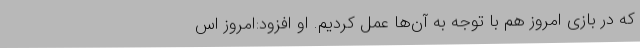
که در بازی امروز هم با توجه به آن‌ها عمل کردیم. او افزود:امروز اس